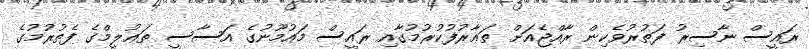
ރައީސް ނާސިރު ފަތުރުވެކިން ރާއްޖެއަށް ތަޢާރުފުކުރުމުގާއި ރައީސް މައުމޫނުގެ އަސާސީ ތަޢުލީމްގެ ފެތުރުމުގެ